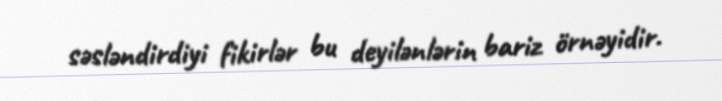
səsləndirdiyi fikirlər bu deyilənlərin bariz örnəyidir.